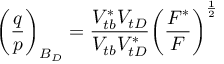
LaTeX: \biggl ( { \frac { q } { p } } \biggr ) _ { B _ { D } } = { \frac { V _ { t b } ^ { * } V _ { t D } } { V _ { t b } V _ { t D } ^ { * } } } \biggl ( { \frac { F ^ { * } } { F } } \biggr ) ^ { \frac { 1 } { 2 } }